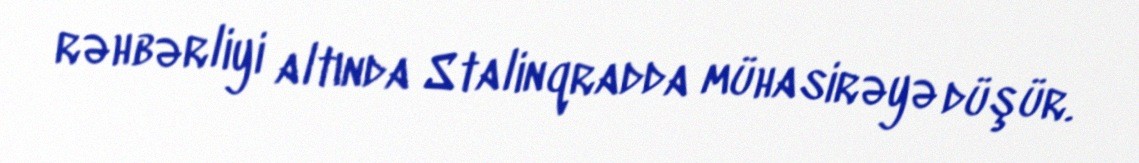
rəhbərliyi altında Stalinqradda mühasirəyə düşür.